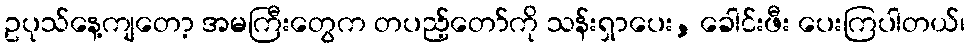
ဥပုသ်နေ့ကျတော့ အမကြီးတွေက တပည့်တော်ကို သန်းရှာပေး, ခေါင်းဖီး ပေးကြပါတယ်၊